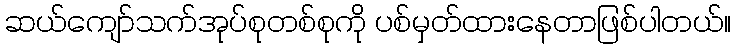
ဆယ်ကျော်သက်အုပ်စုတစ်စုကို ပစ်မှတ်ထားနေတာဖြစ်ပါတယ်။